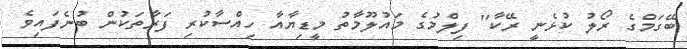
ބޭގަމްގެ ރޯލު ކުޅެނީ ރޭކާ'' ފިލްމުގެ މައުލޫމާތު މީޑިޔާއާ ހިއްސާކުރި ފަރާތަކުން ބުނެފައިވެ